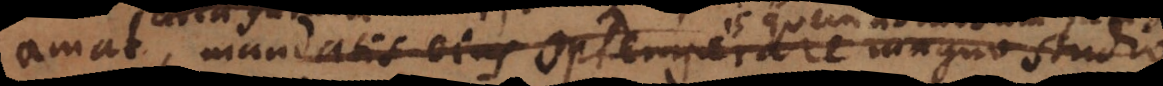
ura mandatis ejus optemperare magno studio